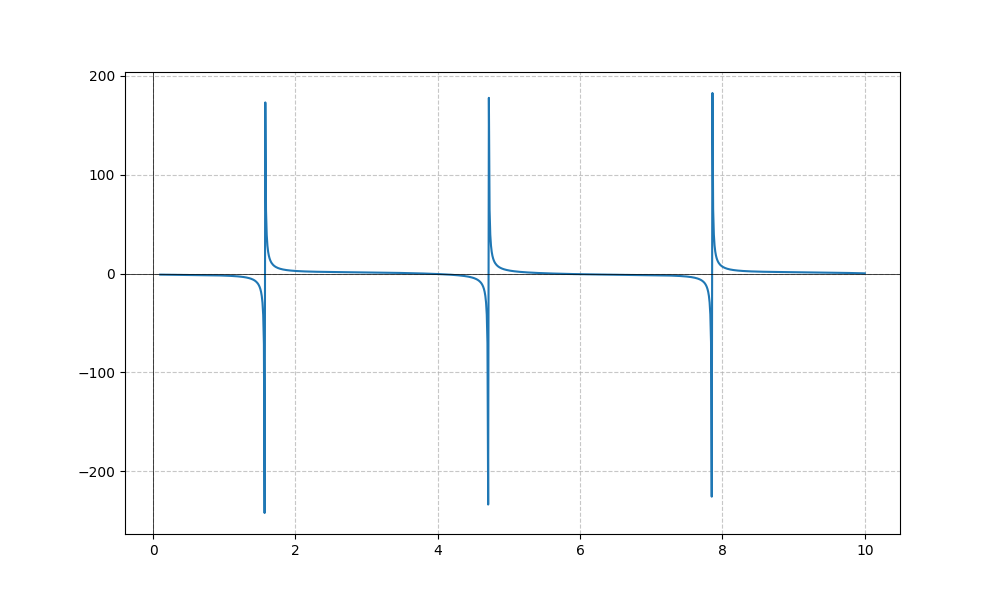
LaTeX formula: - \cos{\left(x \right)} - \tan{\left(x \right)}